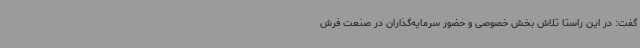
گفت: در این راستا تلاش بخش خصوصی و حضور سرمایه‌گذاران در صنعت فرش